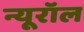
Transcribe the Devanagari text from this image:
न्यूरॉल